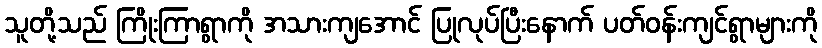
သူတို့သည် ကြိုးကြာရွာကို အသားကျအောင် ပြုလုပ်ပြီးနောက် ပတ်ဝန်းကျင်ရွာများကို